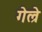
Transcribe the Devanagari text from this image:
गेल्रे